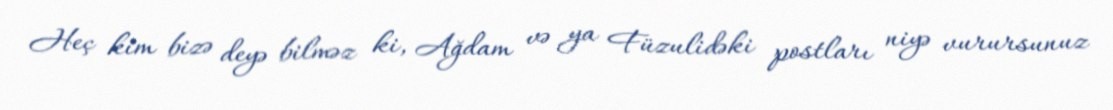
Heç kim bizə deyə bilməz ki, Ağdam və ya Füzulidəki postları niyə vurursunuz